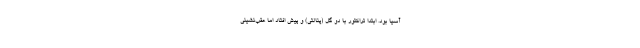
آسیا بود. ابتدا تراکتور با دو گل (پنالتی) و پیش افتاد اما عقب‌نشینی